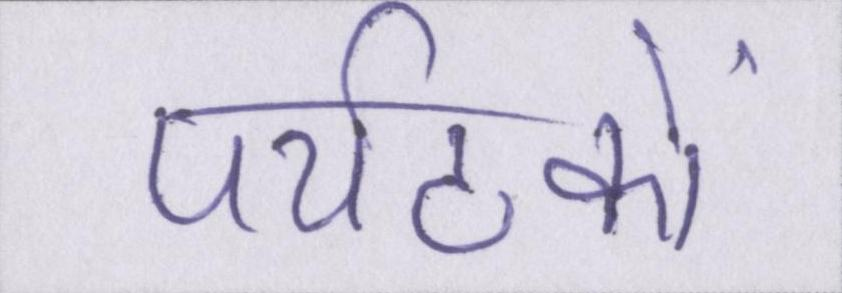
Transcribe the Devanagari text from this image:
पर्यटकों